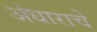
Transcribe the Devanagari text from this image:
अंधाराचे